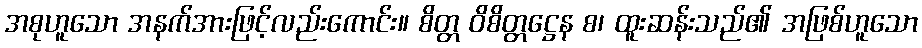
အစုဟူသော အနက်အားဖြင့်လည်းကောင်း။ စိတ္တ ဝိစိတ္တဋ္ဌေန စ၊ ထူးဆန်းသည်၏ အဖြစ်ဟူသော